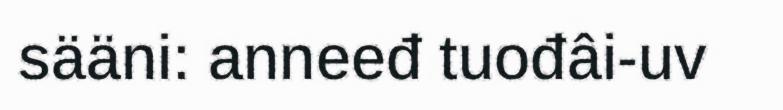
sääni: anneeđ tuođâi-uv